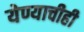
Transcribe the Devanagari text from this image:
येण्याचीही